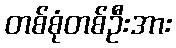
တစ်စုံတစ်ဦးအား